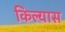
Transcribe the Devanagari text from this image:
किल्यास